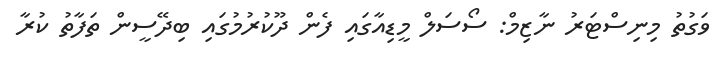
ވަގުތު މިނިސްޓަރު ނާޒިމް: ސޯސަލް މީޑިއާގައި ފެން ދޫކުރުމުގައި ބިިދޭސީން ތަފާތު ކުރާ